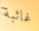
غائبة